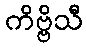
ကိဗ္ဗိသီ